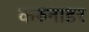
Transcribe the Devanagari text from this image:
करुनाडर